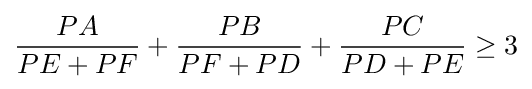
{\frac {PA}{PE+PF}}+{\frac {PB}{PF+PD}}+{\frac {PC}{PD+PE}}\geq 3